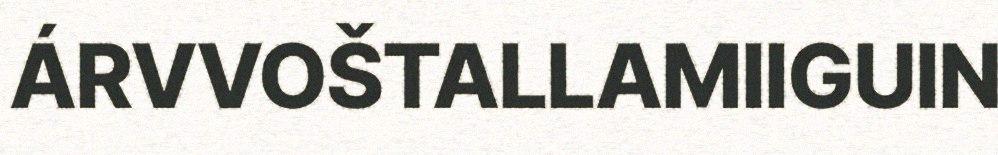
ÁRVVOŠTALLAMIIGUIN